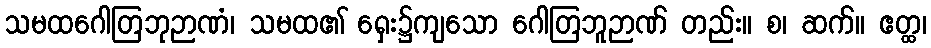
သမထဂေါတြဘုဉာဏံ၊ သမထ၏ ရှေး၌ကျသော ဂေါတြဘူဉာဏ် တည်း။ စ၊ ဆက်။ ဧတ္ထ၊